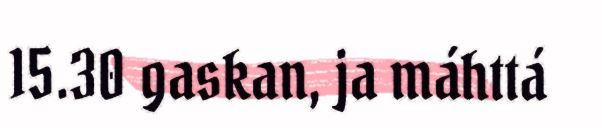
15.30 gaskan, ja máhttá